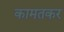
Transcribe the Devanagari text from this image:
कामतकर